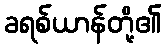
ခရစ်ယာန်တို့၏